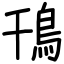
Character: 鳱